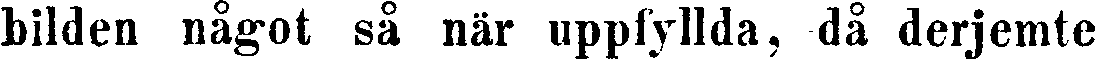
bilden något så när uppfyllda, då derjemte